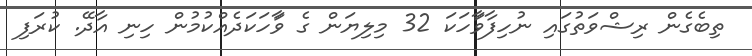
ތިބެގެން ރިޝްވަތުގައި ނުހިފާވަަާހަކަ 32 މިލިޔަން ގެ ވަާހަކަދެއްކުމުން ހިނި އާދޭ. ކުރަފި